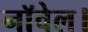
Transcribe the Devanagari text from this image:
नाॅवेल।